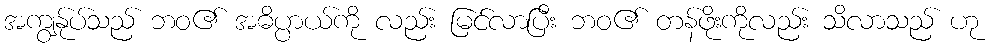
အကျွန်ုပ်သည် ဘဝ၏ အဓိပ္ပာယ်ကို လည်း မြင်လာပြီး ဘဝ၏ တန်ဖိုးကိုလည်း သိလာသည် ဟု